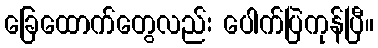
ခြေထောက်တွေလည်း ပေါက်ပြဲကုန်ပြီ။